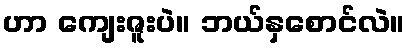
ဟာ ကျေးဇူးပဲ။ ဘယ်နှစောင်လဲ။